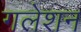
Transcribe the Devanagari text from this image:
गलेशन